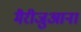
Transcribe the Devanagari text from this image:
मैरीजुआना